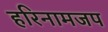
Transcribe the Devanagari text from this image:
हरिनामजप